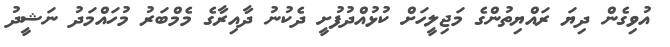
އުވިގެން ދިޔަ ރައްޔިތުންގެ މަޖިލީހަށް ކުޅުއްދުފުށީ ދެކުނު ދާއިރާގެ މެމްބަރު މުހައްމަދު ނަޝީދު